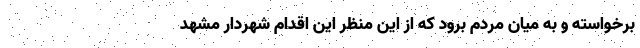
برخواسته و به میان مردم برود که از این منظر این اقدام شهردار مشهد